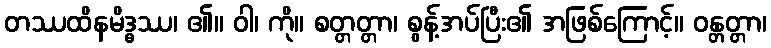
တဿထိနမိဒ္ဓဿ၊ ၏။ ဝါ၊ ကို။ စတ္တတ္တာ၊ စွန့်အပ်ပြီး၏ အဖြစ်ကြောင့်။ ဝန္တတ္တာ၊